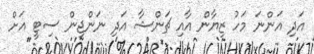
އަދި އަންނަ މަހު ޒިޔާން އާއި ޗަންޝާ އަދި ނަންޖިން ސިޓީ އަށް